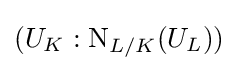
(U_{K}:\mathrm {N} _{L/K}(U_{L}))